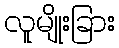
လူမျိုးခြား